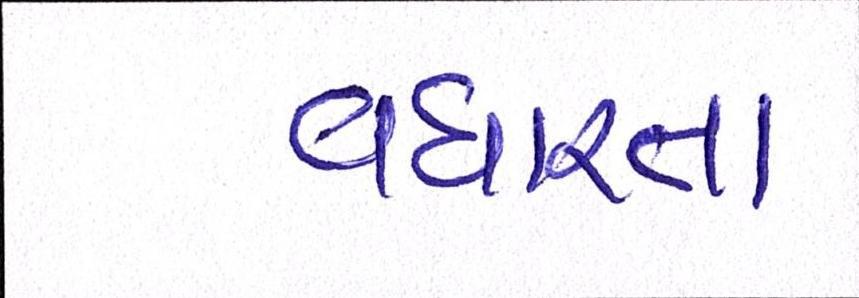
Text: વધારતા